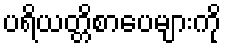
ပရိယတ္တိစာပေများကို